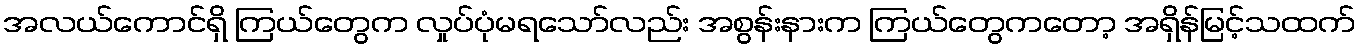
အလယ်ကောင်ရှိ ကြယ်တွေက လှုပ်ပုံမရသော်လည်း အစွန်းနားက ကြယ်တွေကတော့ အရှိန်မြင့်သထက်